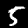
Label: 5